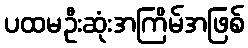
ပထမဦးဆုံးအကြိမ်အဖြစ်